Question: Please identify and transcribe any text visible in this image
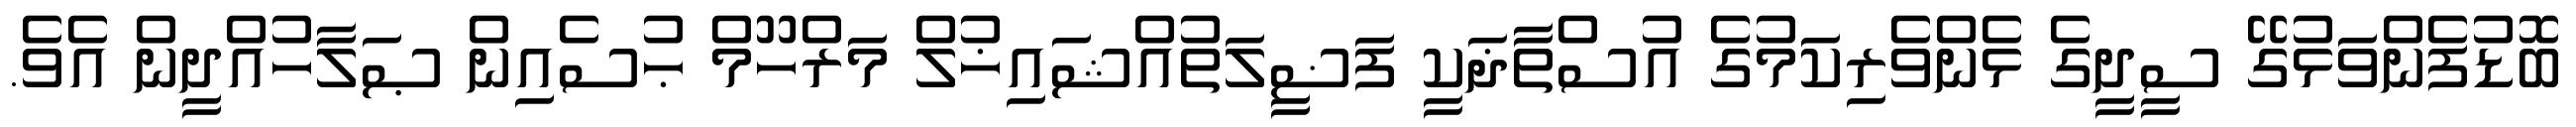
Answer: ބޮޑުފެންވަޅުގޭ ސީދީގެ ޅެންވެރިކަމުގެ އުސްތާޛަކީ ފަޟީލަތުއްޝައިޚުލް މަރްހޫމް ޙުސެއިން ޞަލާހުއްދީން އެވެ.